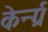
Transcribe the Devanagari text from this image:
केर्न्ग्र